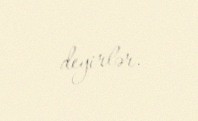
deyirlər.